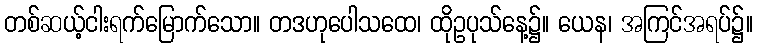
တစ်ဆယ့်ငါးရက်မြောက်သော။ တဒဟုပေါသထေ၊ ထိုဥပုသ်နေ့၌။ ယေန၊ အကြင်အရပ်၌။